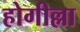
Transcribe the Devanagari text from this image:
होगील्ला